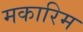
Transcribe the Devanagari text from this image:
मकारिम